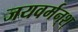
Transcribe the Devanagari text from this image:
जयवर्मन्‌श्